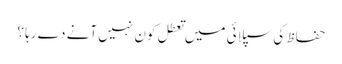
حفاظ کی سپلائی میں تعطل کون نہیں آنے دے رہا ؟